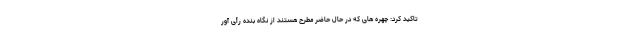
تاکید کرد: چهره های که در حال حاضر مطرح هستند از نگاه بنده رأی آور